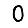
Digit: 0